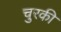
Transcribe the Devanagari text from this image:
चुरकी